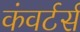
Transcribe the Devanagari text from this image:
कंवर्टर्स